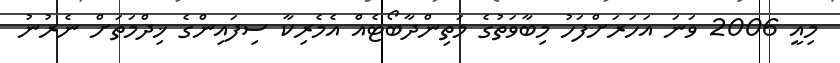
މިއީ 2006 ވަނަ އަހަރަށްފަހު މިބާވަތުގެ މަތިންދާބޯޓެއް އެމެރިކާ ސިފައިންގެ ޚިދްމަތަށް ނެރުނު